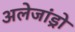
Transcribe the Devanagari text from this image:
अलेजांड्रो